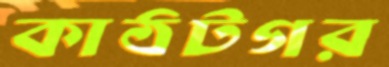
কাঠটগর